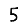
Digit: 5